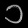
Digit: ၁